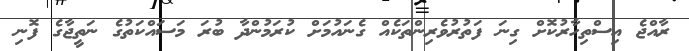
ރާއްޖެ އިސްތިހާރުކޮށް ގިނަ ފަތުރުވެރިންތަކެއް ގެނައުމަށް ކުރަމުންދާ ބުރަ މަސައްކަތުގެ ނަތީޖާގެ ފޮނި